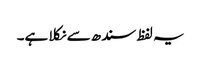
یہ لفظ سندھ سے نکلا ہے۔